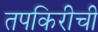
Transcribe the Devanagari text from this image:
तपकिरीची